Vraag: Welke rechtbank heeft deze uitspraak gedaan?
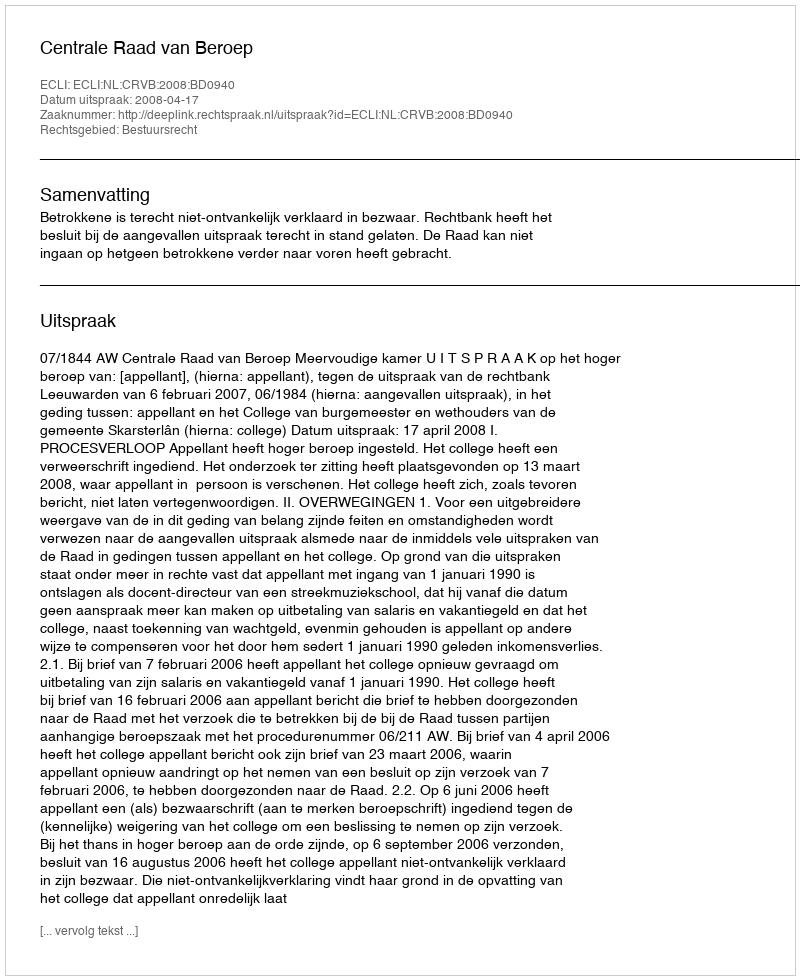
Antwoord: Centrale Raad van Beroep